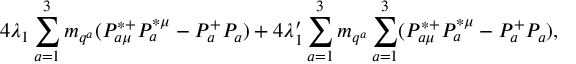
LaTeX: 4 \lambda _ { 1 } \sum _ { a = 1 } ^ { 3 } m _ { q ^ { a } } ( P _ { a \mu } ^ { * + } P _ { a } ^ { * \mu } - P _ { a } ^ { + } P _ { a } ) + 4 \lambda _ { 1 } ^ { \prime } \sum _ { a = 1 } ^ { 3 } m _ { q ^ { a } } \sum _ { a = 1 } ^ { 3 } ( P _ { a \mu } ^ { * + } P _ { a } ^ { * \mu } - P _ { a } ^ { + } P _ { a } ) ,